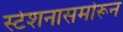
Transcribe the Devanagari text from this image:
स्टेशनासमोरून